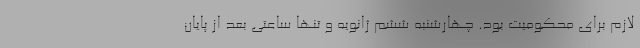
لازم برای محکومیت بود. چهارشنبه ششم ژانویه و تنها ساعتی بعد از پایان